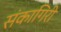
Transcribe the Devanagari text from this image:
संकागिरी